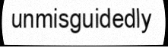
unmisguidedly